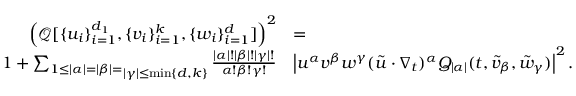
\begin{array} { r l } { \left( \mathcal { Q } [ \{ u _ { i } \} _ { i = 1 } ^ { d _ { 1 } } , \{ v _ { i } \} _ { i = 1 } ^ { k } , \{ w _ { i } \} _ { i = 1 } ^ { d } ] \right) ^ { 2 } } & { = } \\ { 1 + \mathop { \sum _ { 1 \leq | \alpha | = | \beta | = } } _ { | \gamma | \leq \operatorname* { m i n } \{ d , k \} } \frac { | \alpha | ! | \beta | ! | \gamma | ! } { \alpha ! \beta ! \gamma ! } } & { \left| u ^ { \alpha } v ^ { \beta } w ^ { \gamma } ( \tilde { u } \cdot \nabla _ { t } ) ^ { \alpha } Q _ { | \alpha | } ( t , \tilde { v } _ { \beta } , \tilde { w } _ { \gamma } ) \right| ^ { 2 } . } \end{array}